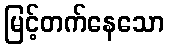
မြင့်တက်နေသော